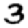
Digit: 3